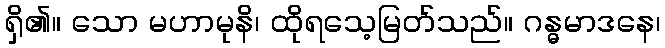
ရှိ၏။ သော မဟာမုနိ၊ ထိုရသေ့မြတ်သည်။ ဂန္ဓမာဒနေ၊